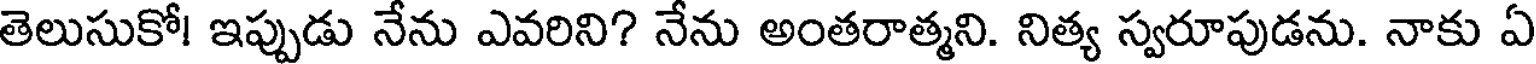
తెలుసుకో! ఇప్పుడు నేను ఎవరిని? నేను అంతరాత్మని. నిత్య స్వరూపుడను. నాకు ఏ